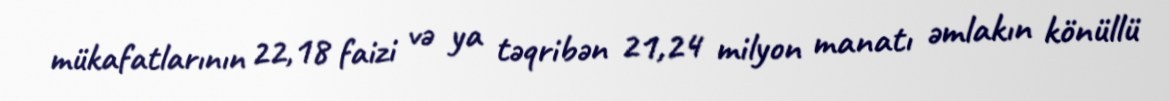
mükafatlarının 22,18 faizi və ya təqribən 21,24 milyon manatı əmlakın könüllü